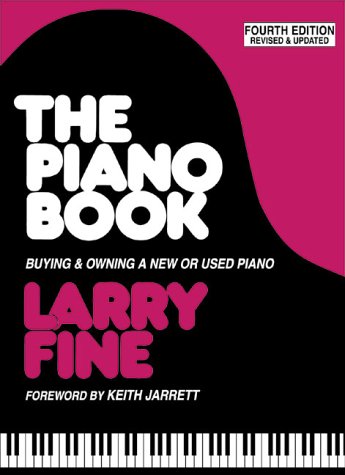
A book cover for The Piano Book: Buying & Owning a New or Used Piano; Larry Fine; Reference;